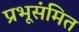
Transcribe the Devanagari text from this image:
प्रभूसंमित